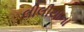
લીલીયાના